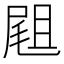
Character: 𡲤